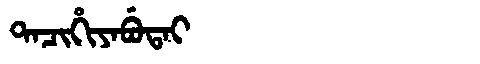
Manchu: ᡨᠠᠴᡳᡥᡳᠶᠠᠪᡠᡨᠠᡳ
Romanization: TACIHIYABUTAI